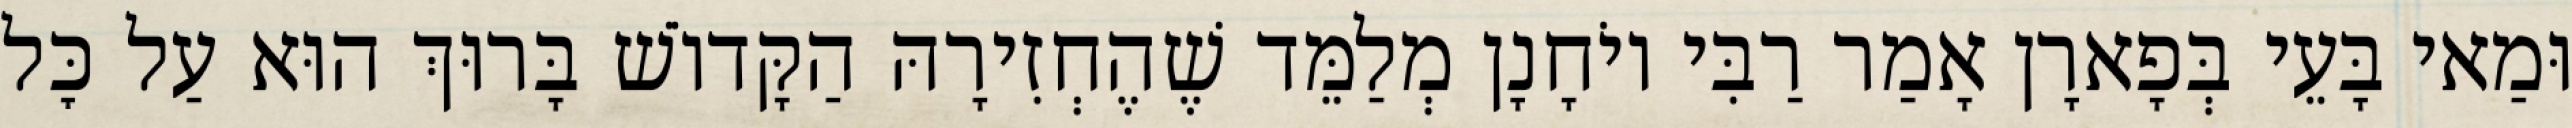
וּמַאי בָּעֵי בְּפָארָן אָמַר רַבִּי יוֹחָנָן מְלַמֵּד שֶׁהֶחְזִירָהּ הַקָּדוֹשׁ בָּרוּךְ הוּא עַל כׇּל